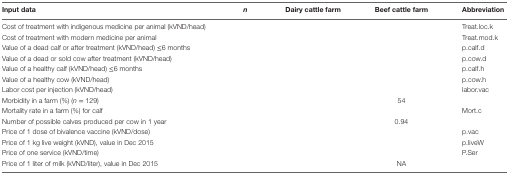
<table><thead><tr><td><b>Input data</b></td><td><b><i>n</i></b></td><td><b>Dairy cattle farm</b></td><td><b>Beef cattle farm</b></td><td><b>Abbreviation</b></td></tr></thead><tbody><tr><td>Cost of treatment with indigenous medicine per animal (kVND/head)</td><td>[EMPTY_CELL]</td><td colspan="2">[EMPTY_CELL]</td><td>Treat.loc.k</td></tr><tr><td>Cost of treatment with modern medicine per animal</td><td>[EMPTY_CELL]</td><td colspan="2">[EMPTY_CELL]</td><td>Treat.mod.k</td></tr><tr><td>Value of a dead calf or after treatment (kVND/head) ≤6 months</td><td>[EMPTY_CELL]</td><td colspan="2">[EMPTY_CELL]</td><td>p.calf.d</td></tr><tr><td>Value of a dead or sold cow after treatment (kVND/head)</td><td>[EMPTY_CELL]</td><td colspan="2">[EMPTY_CELL]</td><td>p.cow.d</td></tr><tr><td>Value of a healthy calf (kVND/head) ≤6 months</td><td>[EMPTY_CELL]</td><td colspan="2">[EMPTY_CELL]</td><td>p.calf.h</td></tr><tr><td>Value of a healthy cow (kVND/head)</td><td>[EMPTY_CELL]</td><td colspan="2">[EMPTY_CELL]</td><td>p.cow.h</td></tr><tr><td>Labor cost per injection (kVND/head)</td><td>[EMPTY_CELL]</td><td colspan="2">[EMPTY_CELL]</td><td>labor.vac</td></tr><tr><td>Morbidity in a farm (%) (<i>n</i> = 129)</td><td>[EMPTY_CELL]</td><td>[EMPTY_CELL]</td><td>54</td><td>[EMPTY_CELL]</td></tr><tr><td>Mortality rate in a farm (%) for calf</td><td>[EMPTY_CELL]</td><td colspan="2">[EMPTY_CELL]</td><td>Mort.c</td></tr><tr><td>Number of possible calves produced per cow in 1 year</td><td>[EMPTY_CELL]</td><td>[EMPTY_CELL]</td><td>0.94</td><td>[EMPTY_CELL]</td></tr><tr><td>Price of 1 dose of bivalence vaccine (kVND/dose)</td><td>[EMPTY_CELL]</td><td colspan="2">[EMPTY_CELL]</td><td>p.vac</td></tr><tr><td>Price of 1 kg live weight (kVND), value in Dec 2015</td><td>[EMPTY_CELL]</td><td colspan="2">[EMPTY_CELL]</td><td>p.liveW</td></tr><tr><td>Price of one service (kVND/time)</td><td>[EMPTY_CELL]</td><td colspan="2">[EMPTY_CELL]</td><td>P.Ser</td></tr><tr><td>Price of 1 liter of milk (kVND/liter), value in Dec 2015</td><td>[EMPTY_CELL]</td><td>[EMPTY_CELL]</td><td>NA</td><td>[EMPTY_CELL]</td></tr></tbody></table>